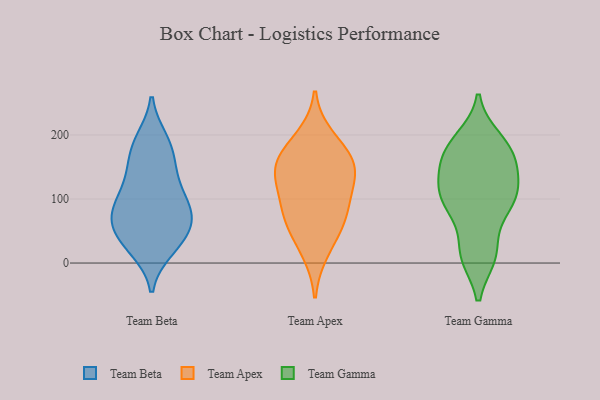
{"axis": {"x": "Operating Costs (USD K)", "y": "Value"}, "legend": ["Team Apex", "Team Beta", "Team Gamma"], "data": [{"x": "", "y": 80, "type": "Team Beta"}, {"x": "", "y": 139, "type": "Team Beta"}, {"x": "", "y": 62, "type": "Team Beta"}, {"x": "", "y": 25, "type": "Team Beta"}, {"x": "", "y": 96, "type": "Team Beta"}, {"x": "", "y": 146, "type": "Team Beta"}, {"x": "", "y": 79, "type": "Team Beta"}, {"x": "", "y": 180, "type": "Team Beta"}, {"x": "", "y": 49, "type": "Team Beta"}, {"x": "", "y": 86, "type": "Team Beta"}, {"x": "", "y": 192, "type": "Team Beta"}, {"x": "", "y": 90, "type": "Team Beta"}, {"x": "", "y": 22, "type": "Team Beta"}, {"x": "", "y": 53, "type": "Team Beta"}, {"x": "", "y": 129, "type": "Team Beta"}, {"x": "", "y": 185, "type": "Team Beta"}, {"x": "", "y": 35, "type": "Team Beta"}, {"x": "", "y": 18, "type": "Team Apex"}, {"x": "", "y": 150, "type": "Team Apex"}, {"x": "", "y": 101, "type": "Team Apex"}, {"x": "", "y": 60, "type": "Team Apex"}, {"x": "", "y": 139, "type": "Team Apex"}, {"x": "", "y": 83, "type": "Team Apex"}, {"x": "", "y": 196, "type": "Team Apex"}, {"x": "", "y": 170, "type": "Team Apex"}, {"x": "", "y": 63, "type": "Team Apex"}, {"x": "", "y": 130, "type": "Team Apex"}, {"x": "", "y": 159, "type": "Team Apex"}, {"x": "", "y": 12, "type": "Team Gamma"}, {"x": "", "y": 90, "type": "Team Gamma"}, {"x": "", "y": 101, "type": "Team Gamma"}, {"x": "", "y": 167, "type": "Team Gamma"}, {"x": "", "y": 12, "type": "Team Gamma"}, {"x": "", "y": 158, "type": "Team Gamma"}, {"x": "", "y": 177, "type": "Team Gamma"}, {"x": "", "y": 193, "type": "Team Gamma"}, {"x": "", "y": 117, "type": "Team Gamma"}, {"x": "", "y": 183, "type": "Team Gamma"}, {"x": "", "y": 17, "type": "Team Gamma"}, {"x": "", "y": 87, "type": "Team Gamma"}, {"x": "", "y": 121, "type": "Team Gamma"}, {"x": "", "y": 95, "type": "Team Gamma"}, {"x": "", "y": 143, "type": "Team Gamma"}]}